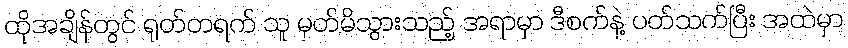
ထိုအချိန်တွင် ရုတ်တရက် သူ မှတ်မိသွားသည့် အရာမှာ ဒီစက်နဲ့ ပတ်သက်ပြီး အထဲမှာ